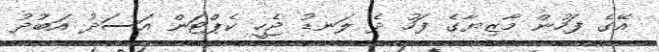
އޭގެ ފަހުން މާޒިޔާގެ ފަހު ދެ ލަނޑު ޖެހީ ކެޕްޓަން އަސަދު އަބުދު